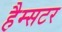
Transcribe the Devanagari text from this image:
हैम्सटर